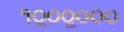
૧૦ૢ૦૦ૢ૦૦૦